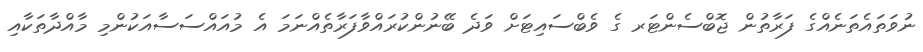
ނުވަތައެތަނެއްގެ ފަރާތުން ޖޮބްސެންޓަރ ގެ ވެބްސައިޓަށް ވަދެ ބޭނުންކުރައްވާފަރާތެއްނަމަ އެ މުއައްސަސާއަކުންމި މާއްދާތަކާއި